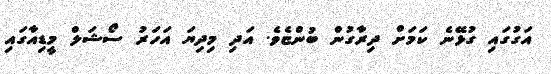
އަގުގައި ގުޅޭނެ ކަމަށް ދިރާގުން ބުންޏެވެ. އަދި މިދިޔަ އަހަރު ސޯޝަލް މީޑިއާގައި